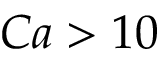
C a > 1 0